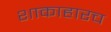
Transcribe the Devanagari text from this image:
शाकाहारच